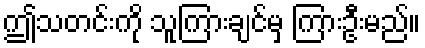
ဤသတင်းကို သူကြားချင်မှ ကြားဦးမည်။